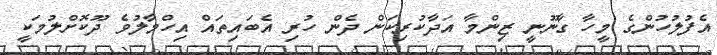
އެފުލުހުންގެ މީހާ ގާނޫނީ ޒިންމާ އަދާކުރިކަން ދެން ހުރި އެބައިތައް އިހްމާލުވެ ދޫކޮށްލުމަކީ